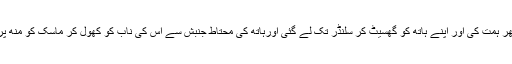
اس نے پھر ہمت کی اور اپنے ہاتھ کو گھسیٹ کر سلنڈر تک لے گئی اورہاتھ کی محتاط جنبش سے اس کی ناب کو کھول کر ماسک کو مُنھ پر چڑھالیا۔